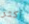
أكثر